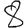
Digit: 8